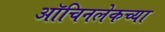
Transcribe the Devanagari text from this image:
ऑचिनलेकच्या